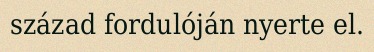
század fordulóján nyerte el.